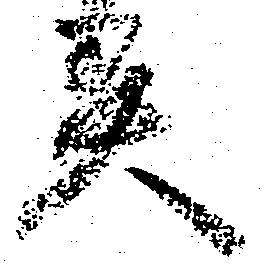
異